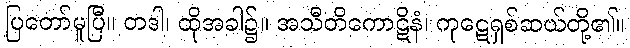
ပြတော်မူပြီ။ တဒါ၊ ထိုအခါ၌။ အသီတိကောဋိနံ၊ ကုဋေရှစ်ဆယ်တို့၏။